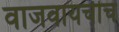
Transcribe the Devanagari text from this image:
वाजवायचीच